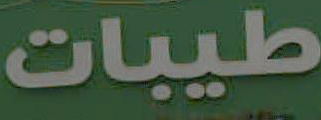
طيبات